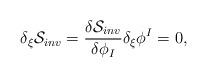
LaTeX: \begin{align*}\delta_{\xi}{\cal S }_{inv}={ {\delta {\cal S}_{inv}} \over{\delta \phi_I}}\delta_{\xi}\phi^I=0,\end{align*}